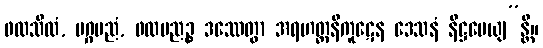
ဖလသီလံ, မဂ္ဂပညံ, ဖလပညဉ္စ ဒဿေတွာ အရဟတ္တနိကူဋေန ဒေသနံ နိဋ္ဌပေယျ”န္တိ။